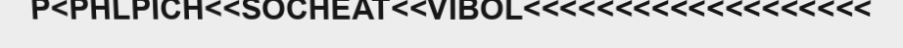
P<PHLPICH<<SOCHEAT<<VIBOL<<<<<<<<<<<<<<<<<<<